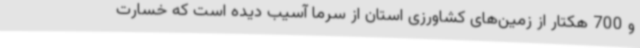
و 700 هکتار از زمین‌های کشاورزی استان از سرما آسیب دیده است که خسارت